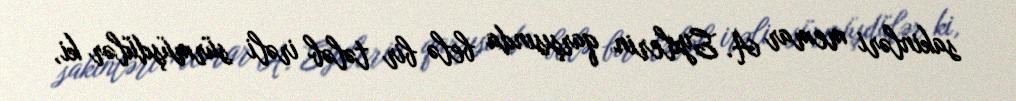
sakinləri memar A. Eyxlerin qarşısında belə bir tələb irəli sürmüşdülər ki,